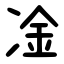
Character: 凎